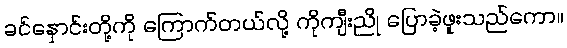
ခင်နှောင်းတို့ကို ကြောက်တယ်လို့ ကိုကျီးညို ပြောခဲ့ဖူးသည်ကော။